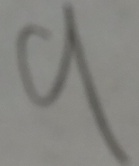
9